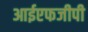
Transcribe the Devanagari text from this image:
आईएफजीपी